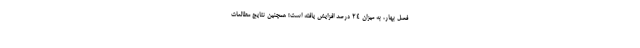
فصل بهار، به میزان 24 درصد افزایش یافته است! همچنین نتایج مطالعات